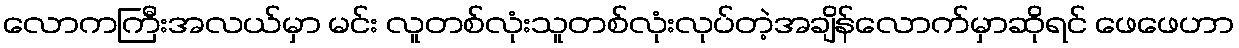
လောကကြီးအလယ်မှာ မင်း လူတစ်လုံးသူတစ်လုံးလုပ်တဲ့အချိန်လောက်မှာဆိုရင် ဖေဖေဟာ